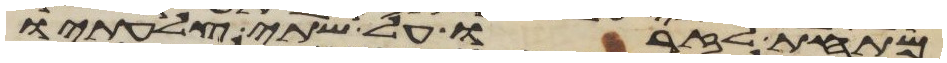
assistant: מתחת לזרו על שתי צלעתיו